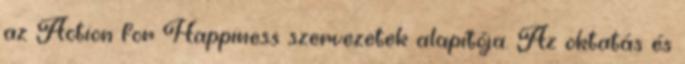
az Action for Happiness szervezetek alapítója. Az oktatás és